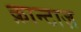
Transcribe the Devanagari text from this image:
क़ान्टाज़